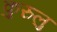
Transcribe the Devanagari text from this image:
कुरुलु